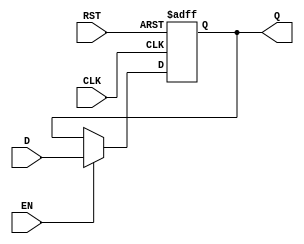
module PipelineBuffer (
    input wire D,        // Data Input
    input wire CLK,      // Clock Input
    input wire EN,       // Enable Signal
    input wire RST,      // Asynchronous Reset
    output reg Q         // Data Output
);

// Asynchronous reset and latching mechanism
always @(posedge CLK or posedge RST) begin
    if (RST) begin
        Q <= 1'b0;      // Reset the output to 0
    end else if (EN) begin
        Q <= D;         // Latch the data input when enabled
    end
    // When EN is low, Q retains its previous value
end

endmodule